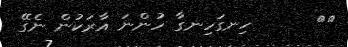
٤٥      ހިނގަހިނގާ ހުންނަ އާރަކުން ނެގޭ